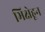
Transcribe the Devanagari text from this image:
भिक्षेहून